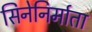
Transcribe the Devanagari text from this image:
सिनेनिर्माता